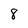
Character: 8